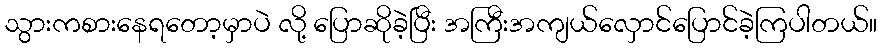
သွားကစားနေရတော့မှာပဲ လို့ ပြောဆိုခဲ့ပြီး အကြီးအကျယ်လှောင်ပြောင်ခဲ့ကြပါတယ်။